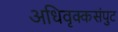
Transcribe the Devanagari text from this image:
अधिवृक्कसंपुट